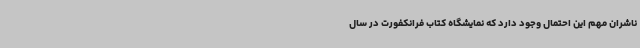
ناشران مهم این احتمال وجود دارد که نمایشگاه کتاب فرانکفورت در سال